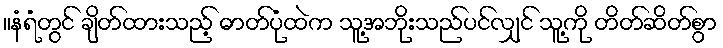
။နံရံတွင် ချိတ်ထားသည့် ဓာတ်ပုံထဲက သူ့အဘိုးသည်ပင်လျှင် သူ့ကို တိတ်ဆိတ်စွာ